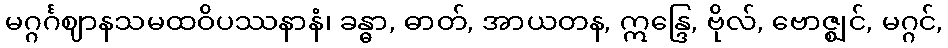
မဂ္ဂင်္ဂဈာနသမထဝိပဿနာနံ၊ ခန္ဓာ, ဓာတ်, အာယတန, ဣန္ဒြေ, ဗိုလ်, ဗောဇ္ဈင်, မဂ္ဂင်,